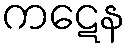
ကဋေန